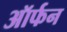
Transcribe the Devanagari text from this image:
ऑर्फन